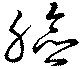
臉